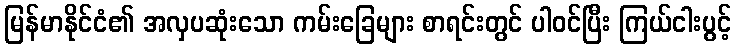
မြန်မာနိုင်ငံ၏ အလှပဆုံးသော ကမ်းခြေများ စာရင်းတွင် ပါဝင်ပြီး ကြယ်ငါးပွင့်